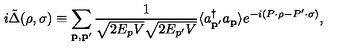
i \tilde { \Delta } ( \rho , \sigma ) \equiv \sum _ { { \bf p } , { \bf p } ^ { \prime } } \frac { 1 } { \sqrt { 2 E _ { p } V } \sqrt { 2 E _ { p ^ { \prime } } V } } \langle a _ { { \bf p } ^ { \prime } } ^ { \dagger } a _ { \bf p } \rangle e ^ { - i ( P \cdot \rho - P ^ { \prime } \cdot \sigma ) } ,